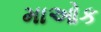
માઓક